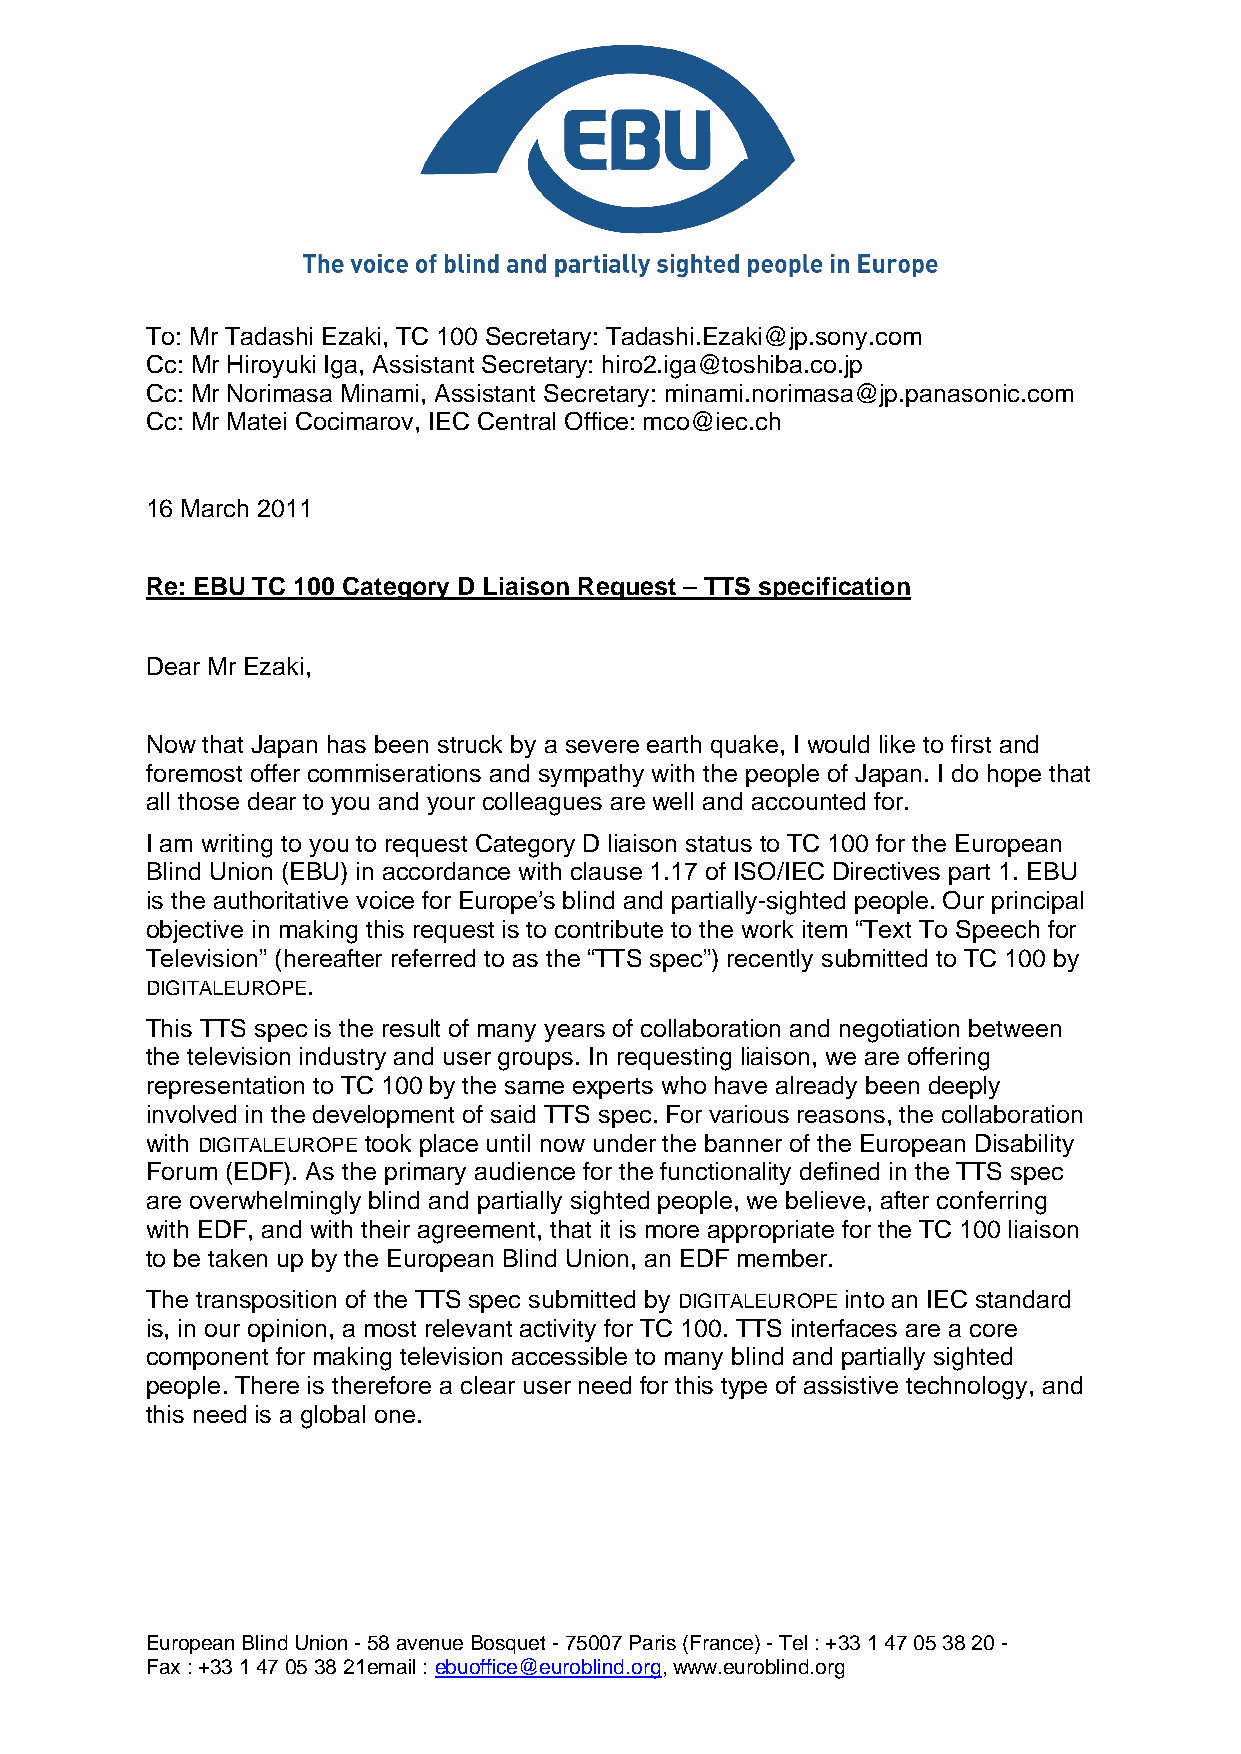
To: Mr Tadashi Ezaki, TC 100 Secretary: Tadashi.Ezaki@jp.sony.com
 Cc: Mr Hiroyuki Iga, Assistant Secretary: hiro2.iga@toshiba.co.jp
 Cc: Mr Norimasa Minami, Assistant Secretary: minami.norimasa@jp.panasonic.com
 Cc: Mr Matei Cocimarov, IEC Central Office: mco@iec.ch
 16 March 2011
 Re: EBU TC 100 Category D Liaison Request – TTS specification
 Dear Mr Ezaki,
 Now that Japan has been struck by a severe earth quake, I would like to first and
 foremost offer commiserations and sympathy with the people of Japan. I do hope that
 all those dear to you and your colleagues are well and accounted for.
 I am writing to you to request Category D liaison status to TC 100 for the European
 Blind Union (EBU) in accordance with clause 1.17 of ISO/IEC Directives part 1. EBU
 is the authoritative voice for Europe’s blind and partially-sighted people. Our principal
 objective in making this request is to contribute to the work item “Text To Speech for
 Television” (hereafter referred to as the “TTS spec”) recently submitted to TC 100 by
 DIGITALEUROPE.
 This TTS spec is the result of many years of collaboration and negotiation between
 the television industry and user groups. In requesting liaison, we are offering
 representation to TC 100 by the same experts who have already been deeply
 involved in the development of said TTS spec. For various reasons, the collaboration
 with DIGITALEUROPE took place until now under the banner of the European Disability
 Forum (EDF). As the primary audience for the functionality defined in the TTS spec
 are overwhelmingly blind and partially sighted people, we believe, after conferring
 with EDF, and with their agreement, that it is more appropriate for the TC 100 liaison
 to be taken up by the European Blind Union, an EDF member.
 The transposition of the TTS spec submitted by DIGITALEUROPE into an IEC standard
 is, in our opinion, a most relevant activity for TC 100. TTS interfaces are a core
 component for making television accessible to many blind and partially sighted
 people. There is therefore a clear user need for this type of assistive technology, and
 this need is a global one.
 European Blind Union - 58 avenue Bosquet - 75007 Paris (France) - Tel : +33 1 47 05 38 20 -
 Fax : +33 1 47 05 38 21email : ebuoffice@euroblind.org, www.euroblind.org